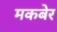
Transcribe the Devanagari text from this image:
मकबेर